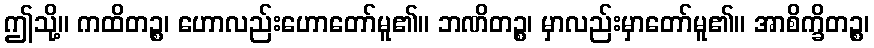
ဤသို့။ ကထိတဉ္စ၊ ဟောလည်းဟောတော်မူ၏။ ဘဏိတဉ္စ၊ မှာလည်းမှာတော်မူ၏။ အာစိက္ခိတဉ္စ၊